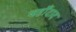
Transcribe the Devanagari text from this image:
जहाँदाद